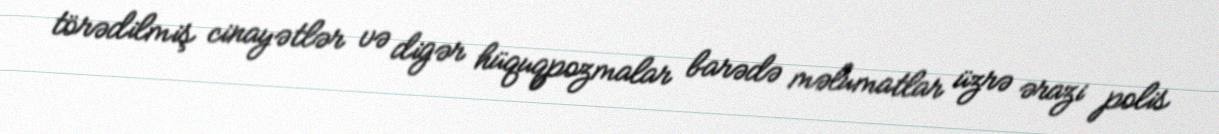
törədilmiş cinayətlər və digər hüquqpozmalar barədə məlumatlar üzrə ərazi polis